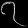
Digit: ၇